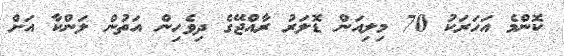
ކޮންމެ އަހަރަކު 70 މިލިއަން ޑޮލަރު ރާއްޖޭގެ ދިވެހިން އަތުން ލަންކާ އަށް